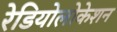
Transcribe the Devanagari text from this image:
रेडियोलोकेशन